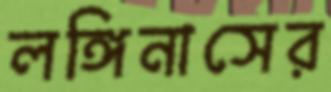
লঙ্গিনাসের